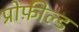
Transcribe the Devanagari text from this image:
प्रोफ़ील्ड